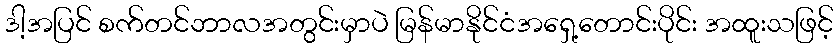
ဒါ့အပြင် စက်တင်ဘာလအတွင်းမှာပဲ မြန်မာနိုင်ငံအရှေ့တောင်းပိုင်း အထူးသဖြင့်